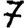
Digit: 7